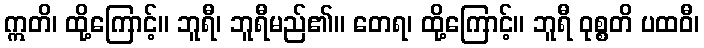
ဣတိ၊ ထို့ကြောင့်။ ဘူရီ၊ ဘူရီမည်၏။ တေရ၊ ထို့ကြောင့်။ ဘူရီ ဝုစ္စတိ ပထဝီ၊